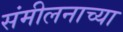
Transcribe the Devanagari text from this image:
संमीलनाच्या